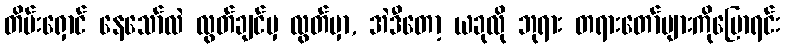
တိမ်းရှောင် နေသော်လဲ လွတ်ချင်မှ လွတ်မှာ, အဲဒီတော့ ယခုလို ဘုရား တရားတော်များကိုပြောရင်း